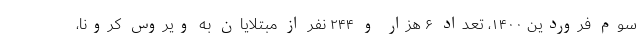
سوم فروردین ۱۴۰۰، تعداد ۶ هزار و ۲۴۴ نفر از مبتلایان به ویروس کرونا،